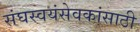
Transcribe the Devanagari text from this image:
संघस्वयंसेवकांसाठी